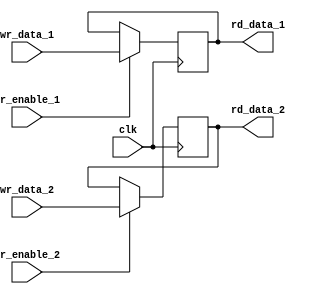
module dual_port_register (
    input wire clk,
    input wire [7:0] wr_data_1,
    input wire [7:0] wr_data_2,
    input wire wr_enable_1,
    input wire wr_enable_2,
    output reg [7:0] rd_data_1,
    output reg [7:0] rd_data_2
);

reg [7:0] reg_data_1;
reg [7:0] reg_data_2;

always @(posedge clk) begin
    if (wr_enable_1) begin
        reg_data_1 <= wr_data_1;
    end
    
    if (wr_enable_2) begin
        reg_data_2 <= wr_data_2;
    end
end

assign rd_data_1 = reg_data_1;
assign rd_data_2 = reg_data_2;

endmodule